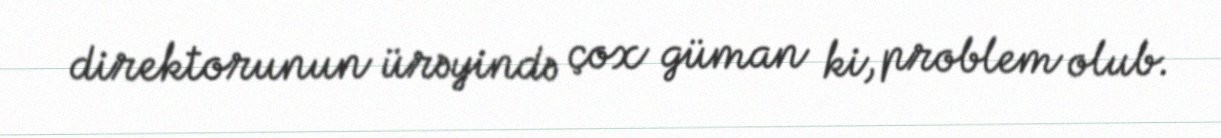
direktorunun ürəyində çox güman ki, problem olub.